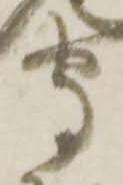
守